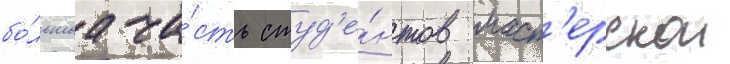
бо́льшаа ча́сть студ'е́нтов маст'ерскои